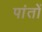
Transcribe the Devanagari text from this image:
पांतों